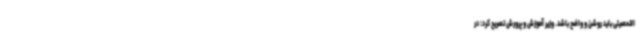
التحصیلی باید روشن و واضح باشد. وزیر آموزش و پرورش تصریح کرد: در